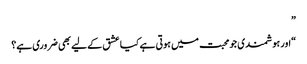
”
“اور ہوشمندی جو محبت میں ہوتی ہے کیا عشق کے لیے بھی ضروری ہے؟